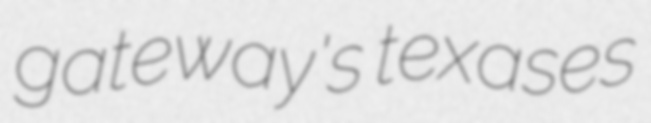
gateway's texases